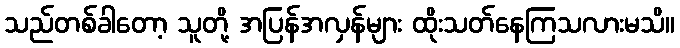
သည်တစ်ခါတော့ သူတို့ အပြန်အလှန်များ ထိုးသတ်နေကြသလားမသိ။